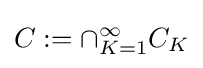
C:=\cap _{K=1}^{\infty }C_{K}